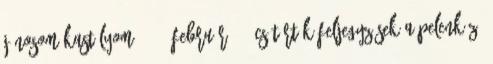
Jánosom Kastélyom 2018. február 15. csütörtök Feljegyzések a pelenkázó